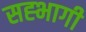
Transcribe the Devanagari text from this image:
सह्भागी